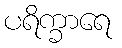
ပရိက္ခာရေ